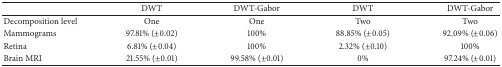
<table><thead><tr><td><b> </b></td><td><b>DWT</b></td><td><b>DWT-Gabor</b></td><td><b>DWT</b></td><td><b>DWT-Gabor</b></td></tr></thead><tbody><tr><td>Decomposition level</td><td>One</td><td>One</td><td>Two</td><td>Two</td></tr><tr><td>Mammograms</td><td>97.81% (±0.02)</td><td>100%</td><td>88.85% (±0.05)</td><td>92.09% (±0.06)</td></tr><tr><td>Retina</td><td>6.81% (±0.04)</td><td>100%</td><td>2.32% (±0.10)</td><td>100%</td></tr><tr><td>Brain MRI</td><td>21.55% (±0.01)</td><td>99.58% (±0.01)</td><td>0%</td><td>97.24% (±0.01)</td></tr></tbody></table>